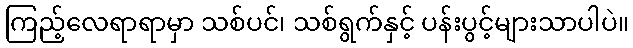
ကြည့်လေရာရာမှာ သစ်ပင်၊ သစ်ရွက်နှင့် ပန်းပွင့်များသာပါပဲ။